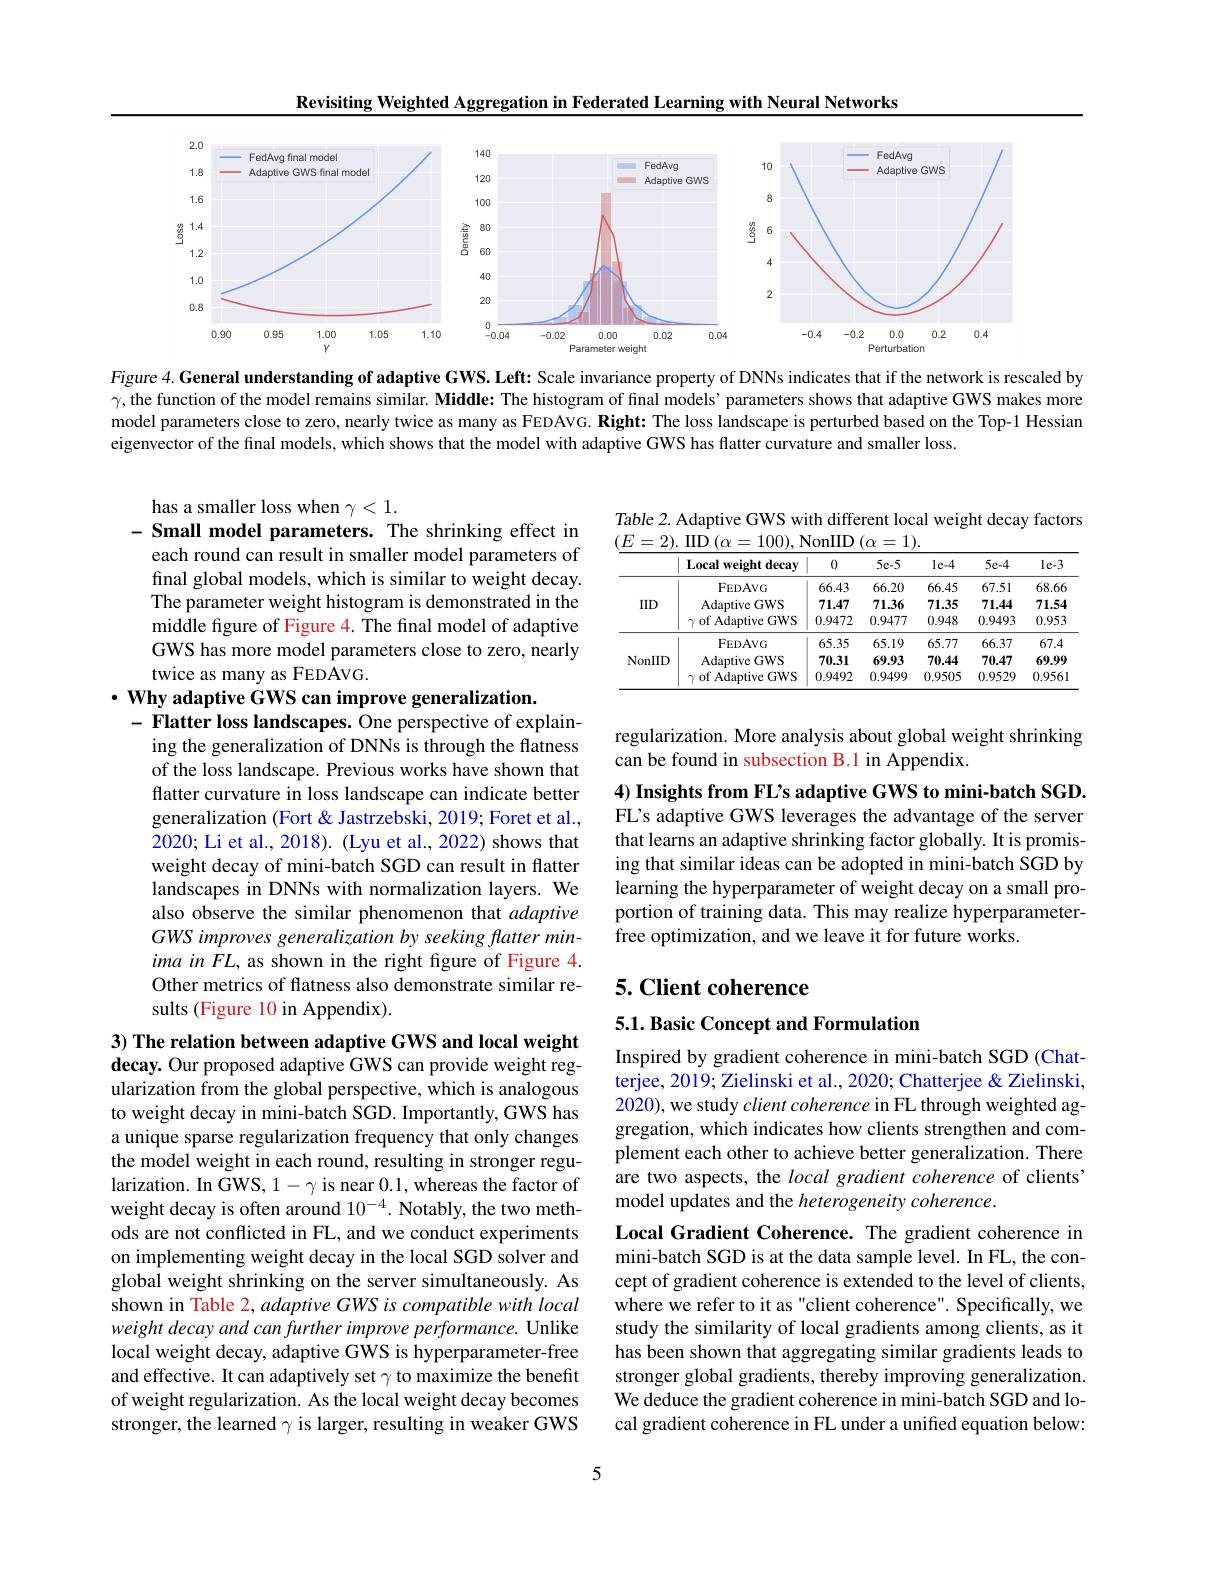
Revisiting Weighted Aggregation in Federated Learning with Neural Networks

<FigureHere>

Figure 4. General understanding of adaptive GWS. Left: Scale invariance property of DNNs indicates that if the network is rescaled by $\gamma$, the function of the model remains similar. Middle: The histogram of final models’ parameters shows that adaptive GWS makes more model parameters close to zero, nearly twice as many as FEDAVG. Right: The loss landscape is perturbed based on the Top-1 Hessian eigenvector of the final models, which shows that the model with adaptive GWS has flatter curvature and smaller loss.

Table 2. Adaptive GWS with different local weight decay factors
$(\underline{E=2).\:\text{IID}(\alpha=100),\:\text{NonIID}(\alpha=1).}$
<table>
	<tbody>
		<tr>
			<th> </th>
			<th>Local weight decay</th>
			<th>0</th>
			<th>$5e-5$</th>
			<th>$le-4$</th>
			<th>5e-4</th>
			<th>$le-3$</th>
		</tr>
		<tr>
			<td rowspan="3">IID</td>
			<td>$FEDAVG$</td>
			<td>66.43</td>
			<td>66.20</td>
			<td>66.45</td>
			<td>67.51</td>
			<td>68.66</td>
		</tr>
		<tr>
			<td>Adaptive GWS</td>
			<td>71.47</td>
			<td>7136</td>
			<td>71.35</td>
			<td>71.44</td>
			<td>71.54</td>
		</tr>
		<tr>
			<td>$\gamma$ of Adaptive GWS</td>
			<td>0.9472</td>
			<td>0.9477</td>
			<td>0.948</td>
			<td>0.9493</td>
			<td>0.953</td>
		</tr>
		<tr>
			<td rowspan="3">NonIID</td>
			<td>$FEDAVG$</td>
			<td>65.35</td>
			<td>65.19</td>
			<td>65.77</td>
			<td>66.37</td>
			<td>67.4</td>
		</tr>
		<tr>
			<td>Adaptive GWS</td>
			<td>70.31</td>
			<td>69.93</td>
			<td>70.44</td>
			<td>70.47</td>
			<td>69.99</td>
		</tr>
		<tr>
			<td>$\gamma$ of Adaptive GWS</td>
			<td>0.9492</td>
			<td>0.9499</td>
			<td>0.9505</td>
			<td>0.9529</td>
			<td>0.9561</td>
		</tr>
	</tbody>
</table>

has a smaller loss when $\gamma<1.$
Small model parameters. The shrinking effect in each round can result in smaller model parameters of final global models, which is similar to weight decay. The parameter weight histogram is demonstrated in the middle figure of Figure 4. The final model of adaptive GWS has more model parameters close to zero, nearly twice as many as FEDAVG.

$\cdot \textbf{Why adaptive GWS can improve generalization. }$
- Flatter loss landscapes. One perspective of explain-

regularization. More analysis about global weight shrinking
can be found in subsection B.1 in Appendix

ing the generalization of DNNs is through the flatness of the loss landscape. Previous works have shown that flatter curvature in loss landscape can indicate better generalization (Fort & Jastrzebski, 2019; Foret et al., 2020; Li et al., 2018). (Lyu et al., 2022) shows that weight decay of mini-batch SGD can result in flatter landscapes in DNNs with normalization layers. We also observe the similar phenomenon that adaptive GWS improves generalization by seeking flatter minima in FL, as shown in the right figure of Figure 4. Other metrics of flatness also demonstrate similar results (Figure 10 in Appendix).

4) Insights from FL's adaptive GWS to mini-batch SGD. FL's adaptive GWS leverages the advantage of the server that learns an adaptive shrinking factor globally. It is promising that similar ideas can be adopted in mini-batch SGD by learning the hyperparameter of weight decay on a small proportion of training data. This may realize hyperparameterfree optimization, and we leave it for future works.

# 5. Client coherence

5.1. Basic Concept and Formulation

Inspired by gradient coherence in mini-batch SGD (Chatterjee, 2019; Zielinski et al., 2020; Chatterjee & Zielinski, 2020), we study client coherence in FL through weighted aggregation, which indicates how clients strengthen and complement each other to achieve better generalization. There are two aspects, the local gradient coherence of clients model updates and the heterogeneity coherence.

$3) \textbf{ The relation between adaptive GWS and local weight}$ decay. Our proposed adaptive GWS can provide weight regularization from the global perspective, which is analogous to weight decay in mini-batch SGD. Importantly, GWS has a unique sparse regularization frequency that only changes the model weight in each round, resulting in stronger regularization. In $\dot{\text{GWS,1- is near 0.1,whereas the factor of}}$ weight decay is often around $10^{-4}.$ Notably, the two methods are not conflicted in FL, and we conduct experiments on implementing weight decay in the local SGD solver and global weight shrinking on the server simultaneously. As shown in Table 2, adaptive GWS is compatible with local weight decay and can further improve performance. Unlike local weight decay, adaptive GWS is hyperparameter-free and effective. It can adaptively set $\gamma$ to maximize the benefit of weight regularization. As the local weight decay becomes stronger, the learned $\gamma$ is larger, resulting in weaker GWS

Local Gradient Coherence. The gradient coherence in mini-batch SGD is at the data sample level. In FL, the concept of gradient coherence is extended to the level of clients, where we refer to it as "client coherence". Specifically, we study the similarity of local gradients among clients, as it has been shown that aggregating similar gradients leads to stronger global gradients, thereby improving generalization. We deduce the gradient coherence in mini-batch SGD and local gradient coherence in FL under a unified equation below:

5